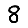
Digit: 8